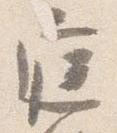
庭